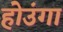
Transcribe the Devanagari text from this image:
होउंगा